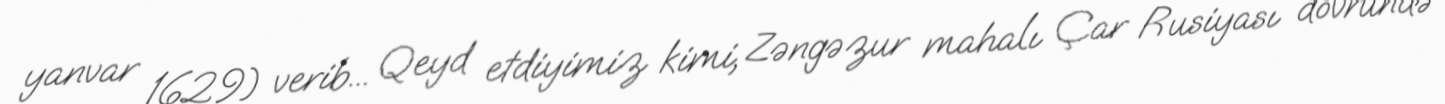
yanvar 1629) verib... Qeyd etdiyimiz kimi, Zəngəzur mahalı Çar Rusiyası dövründə